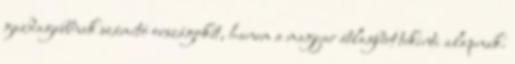
gazdagabbnak számító országokét, hanem a magyar átlagbért tekinti alapnak.